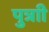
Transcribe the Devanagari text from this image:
पुत्राी